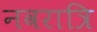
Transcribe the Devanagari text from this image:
नवरात्रि